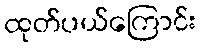
ထုတ်ပယ်ကြောင်း